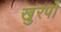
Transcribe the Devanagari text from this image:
खुरपों